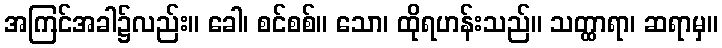
အကြင်အခါ၌လည်း။ ခေါ၊ စင်စစ်။ သော၊ ထိုရဟန်းသည်။ သတ္ထာရာ၊ ဆရာမှ။